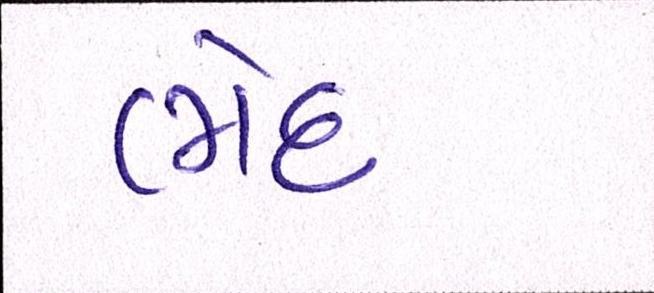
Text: ભેદ